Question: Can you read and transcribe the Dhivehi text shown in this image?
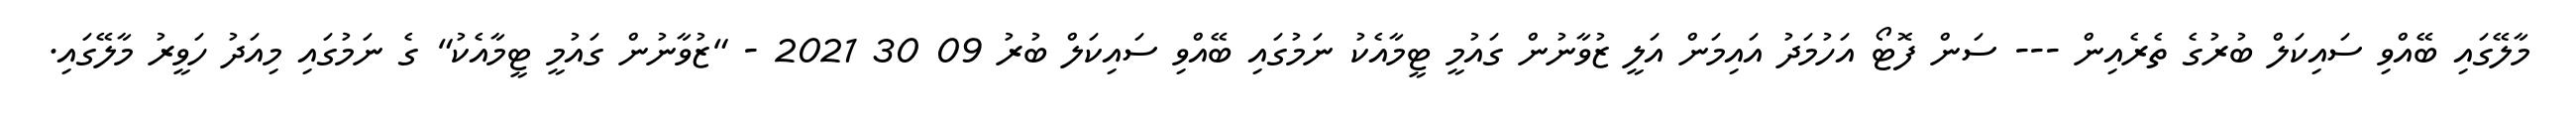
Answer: މާލޭގައި ބޭއްވި ސައިކަލް ބުރުގެ ތެރެއިން --- ސަން ފޮޓޯ އަހުމަދު އައިމަން އަލީ ޒުވާނުން ގައުމީ ޓީމާއެކު ނަމުގައި ބޭއްވި ސައިކަލް ބުރު 09 30 2021 - "ޒުވާނުން ގައުމީ ޓީމާއެކު" ގެ ނަމުގައި މިއަދު ހަވީރު މާލޭގައި.